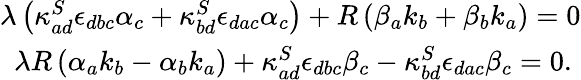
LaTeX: \begin{array}{l}{{\lambda\left(\kappa_{ad}^{S}\epsilon_{dbc}\alpha_{c}+\kappa_{bd}^{S}\epsilon_{dac}\alpha_{c}\right)+R\left(\beta_{a}k_{b}+\beta_{b}k_{a}\right)=0}}\\ {{\ \ \lambda R\left(\alpha_{a}k_{b}-\alpha_{b}k_{a}\right)+\kappa_{ad}^{S}\epsilon_{dbc}\beta_{c}-\kappa_{bd}^{S}\epsilon_{dac}\beta_{c}=0.}}\end{array}